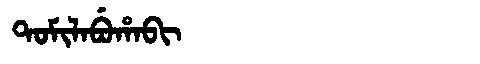
Manchu: ᡨᠣᠮᡳᠯᠠᠪᡠᡥᠠᠪᡳ
Romanization: TOMILABUHABI